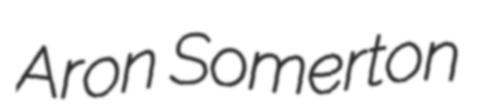
Aron Somerton